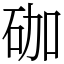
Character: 𥑆